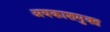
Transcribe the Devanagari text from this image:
अवकाशमुक्त